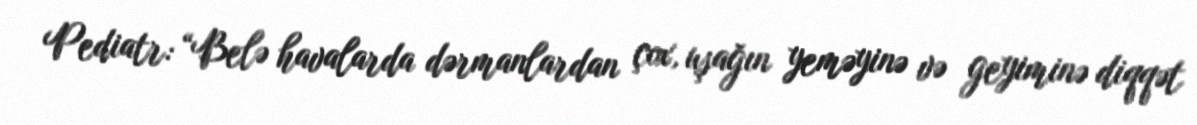
Pediatr: “Belə havalarda dərmanlardan çox, uşağın yeməyinə və geyiminə diqqət